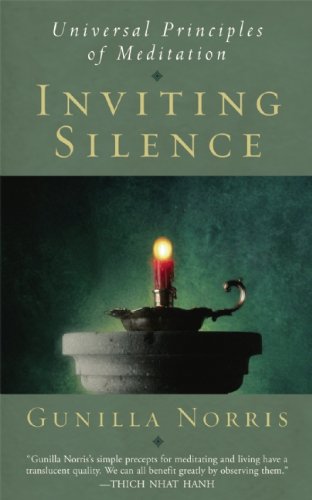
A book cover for Inviting Silence: Universal Principles of Meditation; Gunilla Norris; Religion & Spirituality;